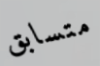
متسابق